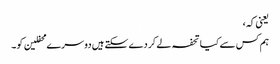
یعنی کہ،
ہم کس سے کیا تحفہ لے کر دے سکتے ہیں دوسرے محفلین کو۔